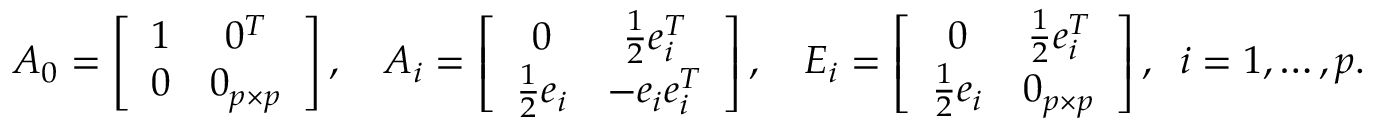
\begin{array} { r } { A _ { 0 } = \left[ \begin{array} { c c } { 1 } & { 0 ^ { T } } \\ { 0 } & { 0 _ { p \times p } } \end{array} \right] , \quad A _ { i } = \left[ \begin{array} { c c } { 0 } & { \frac { 1 } { 2 } e _ { i } ^ { T } } \\ { \frac { 1 } { 2 } e _ { i } } & { - e _ { i } e _ { i } ^ { T } } \end{array} \right] , \quad E _ { i } = \left[ \begin{array} { c c } { 0 } & { \frac { 1 } { 2 } e _ { i } ^ { T } } \\ { \frac { 1 } { 2 } e _ { i } } & { 0 _ { p \times p } } \end{array} \right] , \; \; i = 1 , \ldots , p . } \end{array}